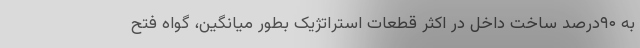
به ۹۰درصد ساخت داخل در اکثر قطعات استراتژیک بطور میانگین، گواه فتح